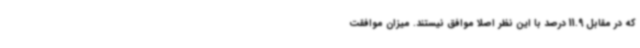
که در مقابل 11.9 درصد با این نظر اصلاً موافق نیستند. میزان موافقت